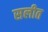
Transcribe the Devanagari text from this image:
सलीत